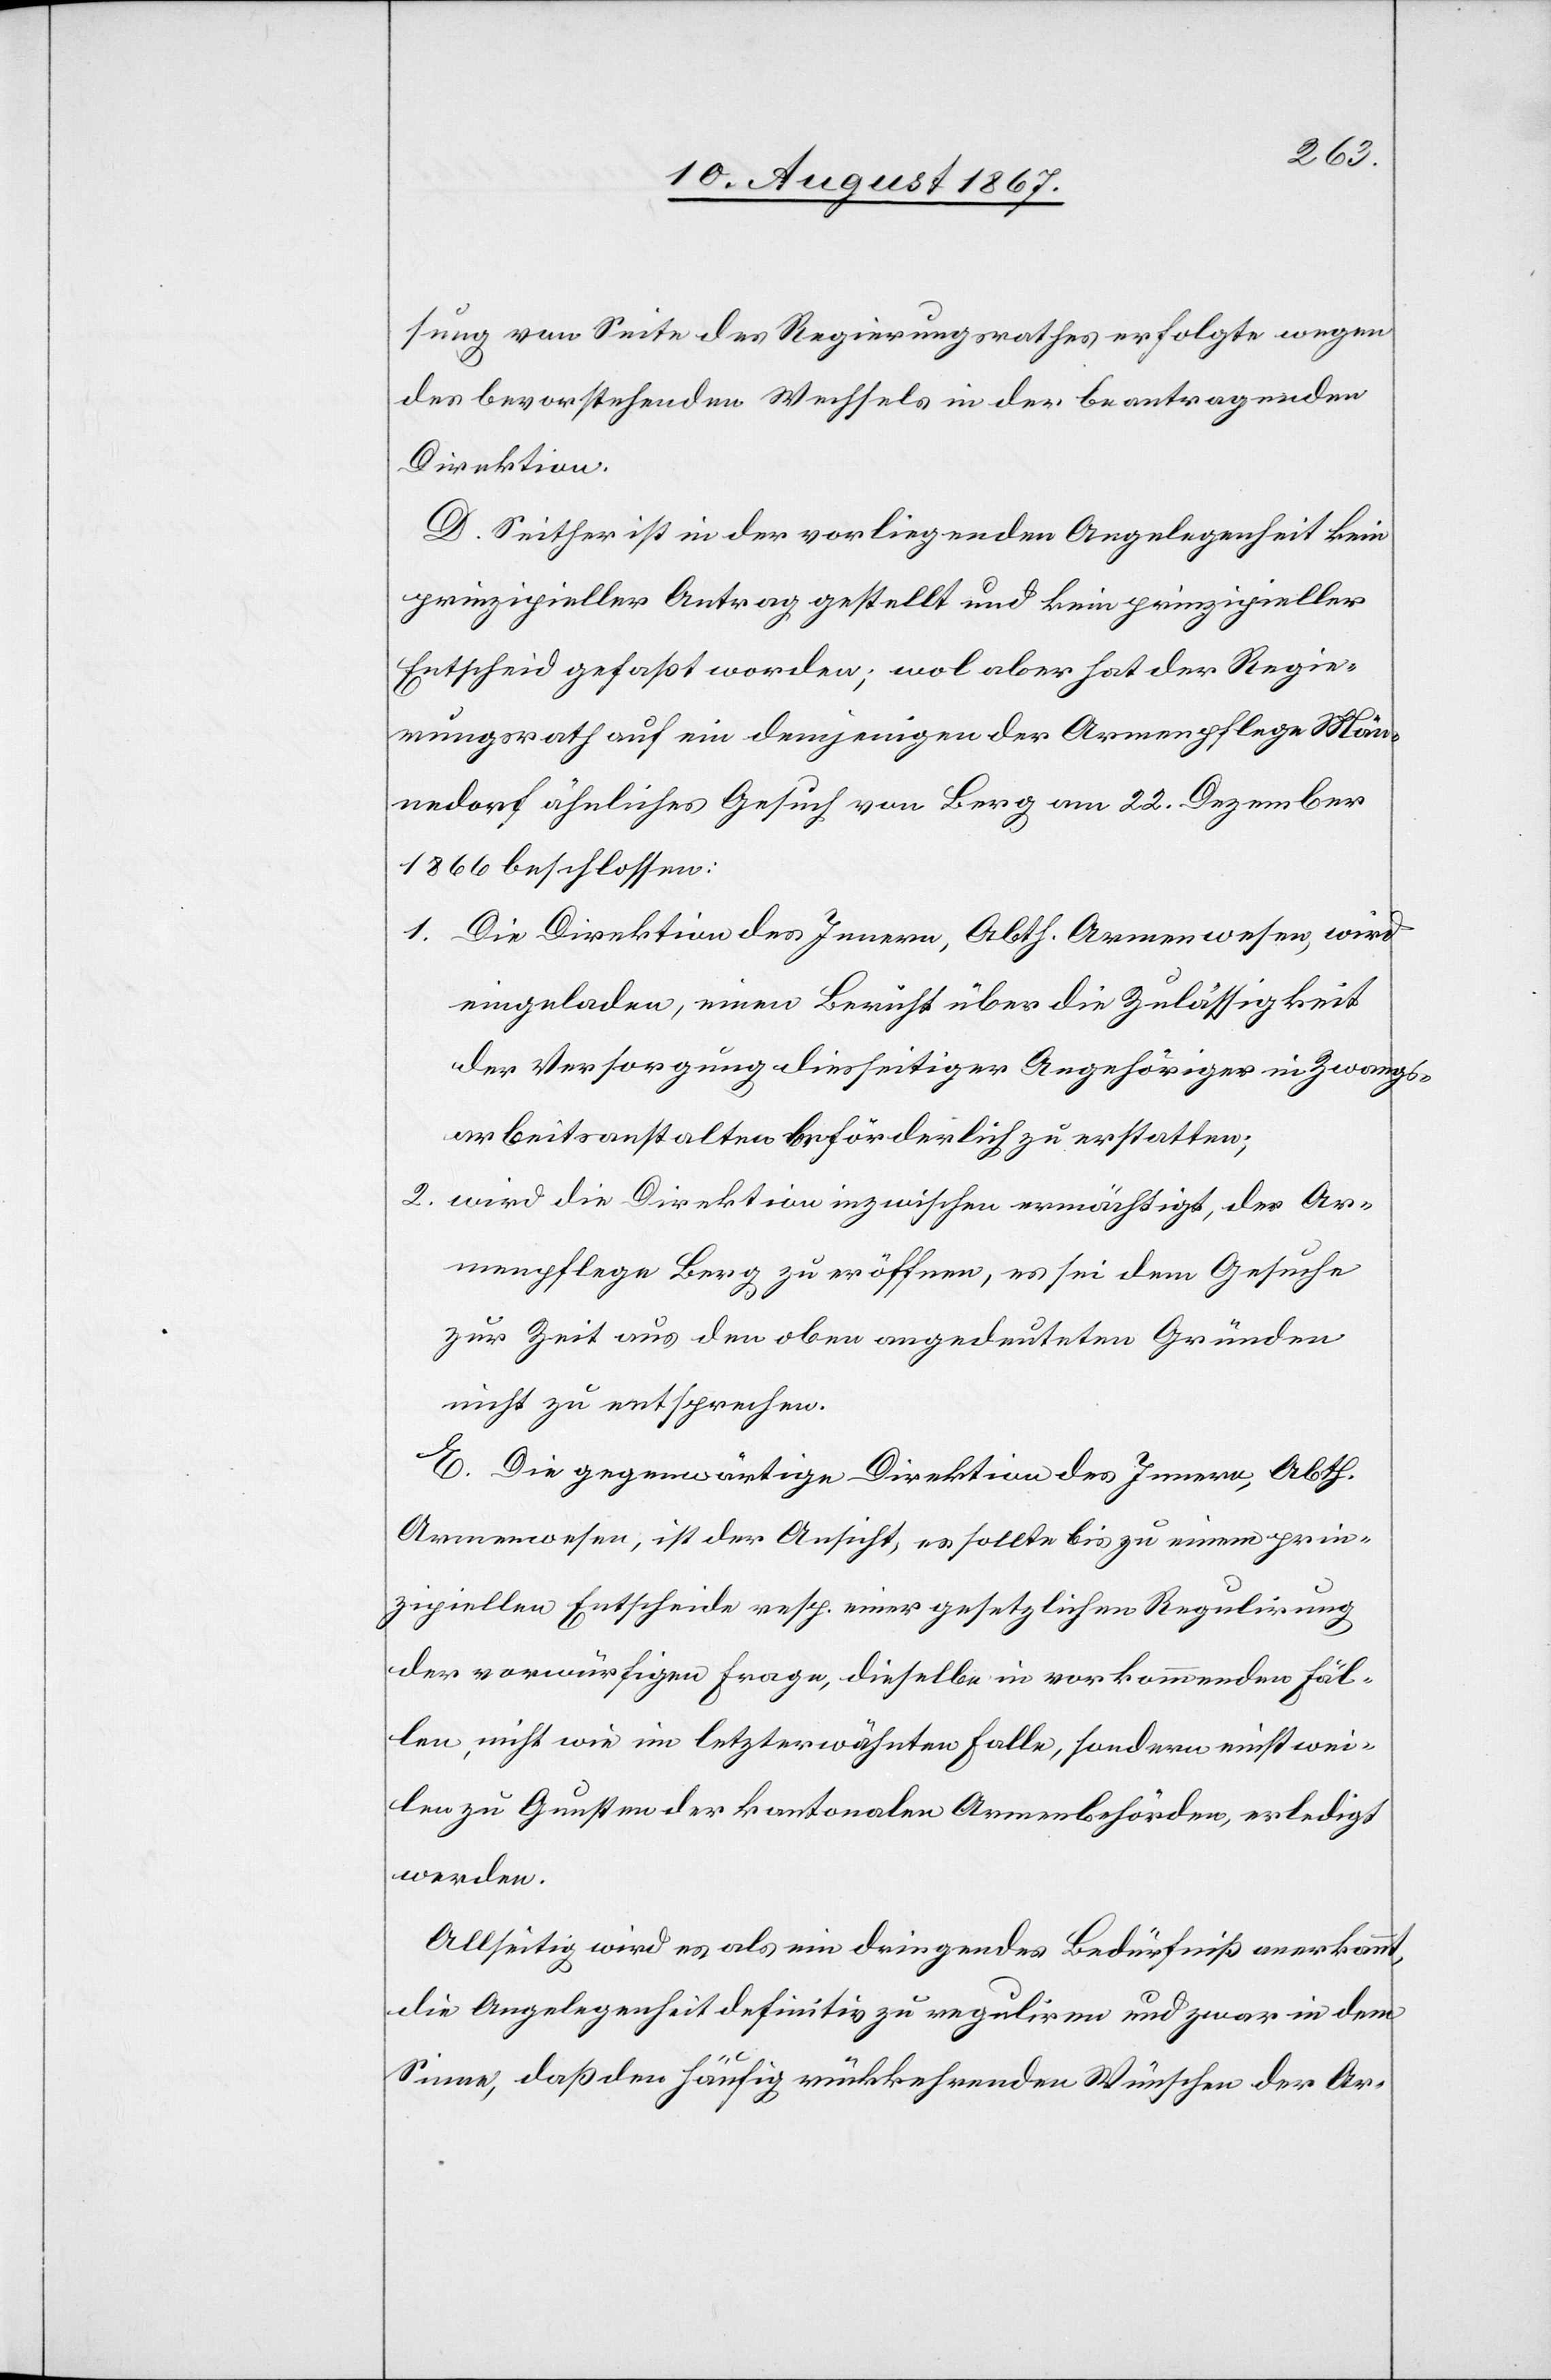
sung von Seite des Regierungsrathes erfolgte wegen
des bevorstehenden Wechsels in der beantragenden
Direktion.
D. Seither ist in der vorliegenden Angelegenheit kein
prinzipieller Antrag gestellt und kein prinzipieller
Entscheid gefaßt worden; wol aber hat der Regie¬
rungsrath auf ein demjenigen der Armenpflege Män¬
nedorf ähnliches Gesuch von Berg am 22. Dezember
1866 beschlossen:
1. Die Direktion des Innern, Abth, Armenwesen, wird
eingeladen, einen Bericht über die Zulässigkeit
der Versorgung diesseitiger Angehöriger in Zwangs¬
arbeitsanstalten beförderlich zu erstellen;
2. wird die Direktion inzwischen ermächtigt, der Ar¬
menpflege Berg zu eröffnen, es sei dem Gesuch
zur Zeit aus den oben angedeuteten Gründen
nicht zu entsprechen.
E. Die gegenwärtige Direktion des Innern, Abth.
Armenwesen, ist der Ansicht, es sollte bis zu einem prin¬
zipiellen Entscheide resp. einer gesetzlichen Regulirung
der vorwürfigen Frage, dieselbe in vorkommenden Fäl¬
len, nicht wie im letzterwähnten Falle, sondern einstwei¬
len zu Gunsten der kantonalen Armenbehörden, erledigt
werden.
Allfällig wird es als ein dringendes Bedürfniß anerkannt,
die Angelegenheit definitiv zu reguliren und zwar in dem
Sinne, daß den häufig rückkehrenden Wünschen der Ar-